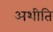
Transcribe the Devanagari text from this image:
अशीति